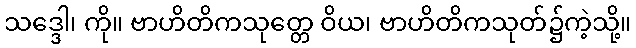
သဒ္ဒေါ၊ ကို။ ဗာဟိတိကသုတ္တေ ဝိယ၊ ဗာဟိတိကသုတ်၌ကဲ့သို့။